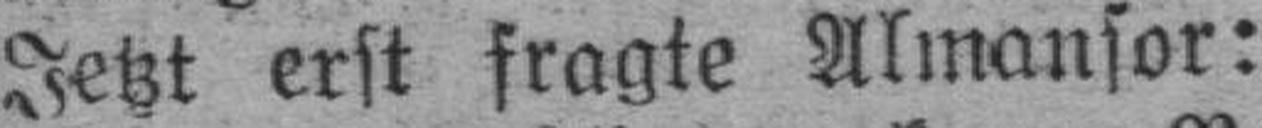
Jetzt erst fragte Almansor: